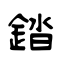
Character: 錔